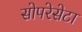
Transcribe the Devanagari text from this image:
सोपरेसेटा